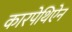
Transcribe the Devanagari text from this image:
कारपेथिऐन